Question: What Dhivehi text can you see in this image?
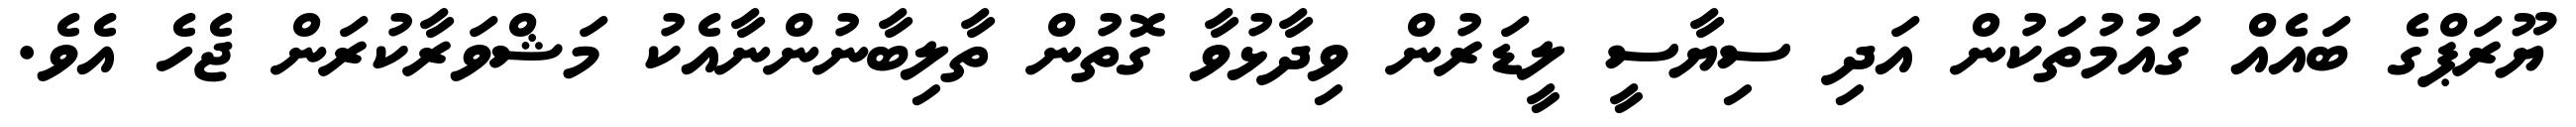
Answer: ޔޫރަޕްގެ ބައެއް ގައުމުތަކުން އަދި ސިޔާސީ ލީޑަރުން ވިދާޅުވާ ގޮތުން ތާލިބާނުންނާއެކު މަޝްވަރާކުރަން ޖެހެ އެވެ.